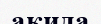
акида